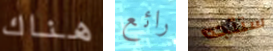
هناك رائع ستتجه